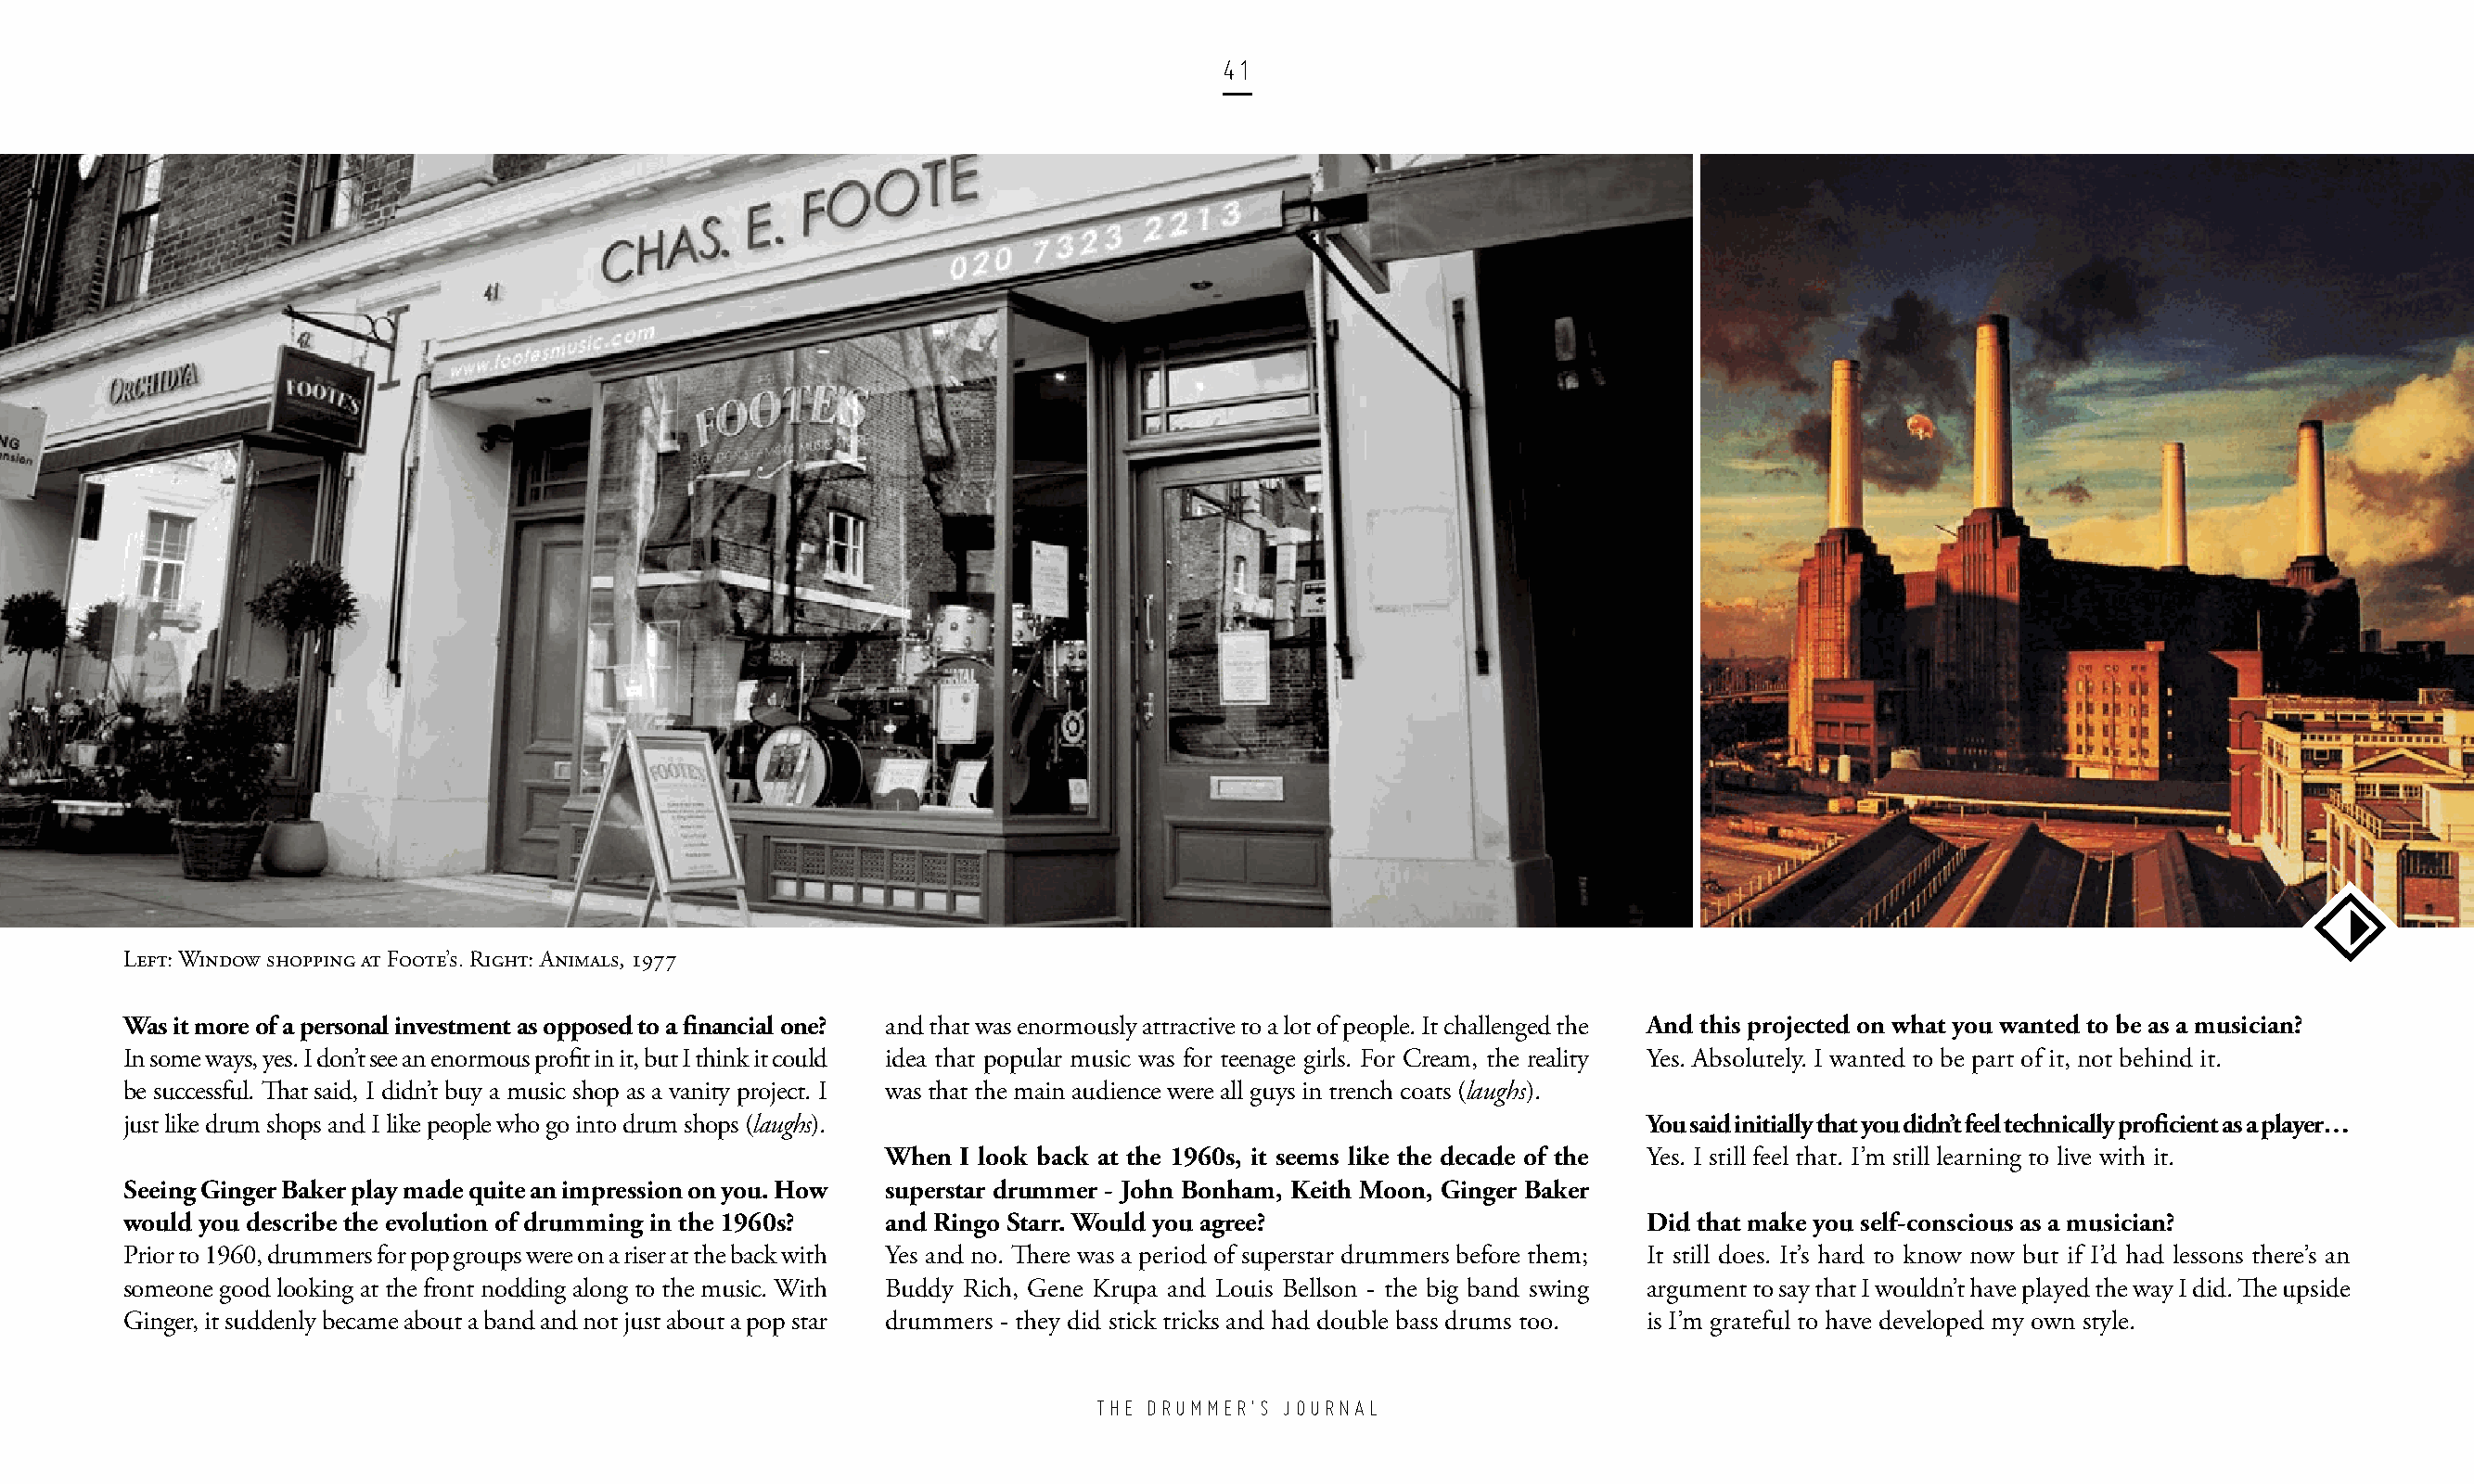
41
 Left: Window shopping at Foote’s. Right: Animals, 1977
 Was it more of a personal investment as opposed to a financial one? and that was enormously attractive to a lot of people. It challenged the And this projected on what you wanted to be as a musician?
 In some ways, yes. I don’t see an enormous profit in it, but I think it could idea that popular music was for teenage girls. For Cream, the reality Yes. Absolutely. I wanted to be part of it, not behind it.
 be successful. That said, I didn’t buy a music shop as a vanity project. I was that the main audience were all guys in trench coats (laughs).
 just like drum shops and I like people who go into drum shops (laughs).                                      You said initially that you didn’t feel technically proficient as a player…
 When  I look back at the 1960s, it seems like the decade of the Yes. I still feel that. I’m still learning to live with it.
 Seeing Ginger Baker play made quite an impression on you. How superstar drummer - John Bonham, Keith Moon, Ginger Baker
 would you describe the evolution of drumming in the 1960s? and Ringo Starr. Would you agree?                 Did that make you self-conscious as a musician?
 Prior to 1960, drummers for pop groups were on a riser at the back with Yes and no. There was a period of superstar drummers before them; It still does. It’s hard to know now but if I’d had lessons there’s an
 someone good looking at the front nodding along to the music. With Buddy Rich, Gene Krupa and Louis Bellson - the big band swing argument to say that I wouldn’t have played the way I did. The upside
 Ginger, it suddenly became about a band and not just about a pop star drummers - they did stick tricks and had double bass drums too. is I’m grateful to have developed my own style.
 THE DRUMMER’S JOURNAL